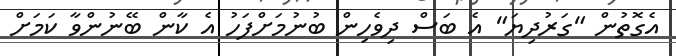
އެގޮތުން "ގަރުދިޔަ" އެ ބަސް ދިވެހިން ބުނުމަށްފަހު އެ ކާން ބޭނުންވާ ކަމަށް